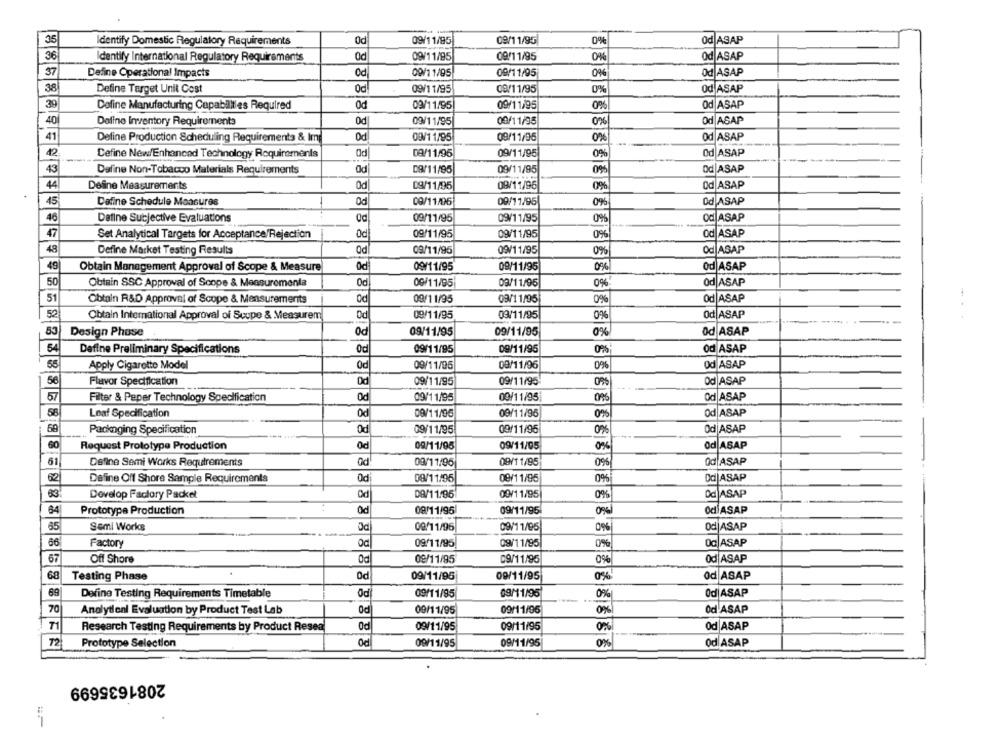
35
dentify Domestic Regulatory Requirements
0d
09/11/95
09/11/95
0%
Od ASAP
36
dentify International Regulatory Requirements
Od
09/11/95
09/11/95
0%
od ASAP
37
Define Operational Impacts
Od
09/11/95
09/11/95
0%
Od ASAP
38
Define Target Unit Cost
09/11/95
09/11/95
0%
Od ASAP
39
Od ASAP
Dofine Manufacturing Capabilities Required
Oc
09/11/95
09/11/95
0%
40
Deline Inventory Requirements
0c
09/11/95
00/11/95
0%
Od ASAP
41
Define Production Scheduling Requirements & Im
Oc
09/11/95
09/11/96
0%
Od ASAP
12
Cefine New/Enhanced Technology Requirements
09/11/95
09/11/95
0%
Od ASAP
43
Dafine Non-Tobacco Materials Requirements
Od
09/11/95
09/11/95
09%
Od ASAP
44
Define Measurements
Od
09/11/96
09
Od ASAP
09/11/95
45
Od
09/11/95
Od ASAP
Dafine Schedule Measures
09/11/06
0%
46
Define Subjective Evaluations
09/11/95
09/11/95
0%
1 ASAP
47
Set Analytical Targets for Acceptance/Rejection
Od
09/11/95
09/11/95
0%
Od ASAP
48
Define Market Testing Results
Od
09/11/95
09/11/95
0%
Od ASAP
49
Obtain Management Approval of Scope & Measure
od
09/11/95
09/11/95
0%
od ASAP
50
09/11/95
09/11/95
od ASAP
Obtain SSC Approval of Scope & Measurementa
0%
51
Obtain R&D Approval of Scope & Measurements
Od
09/11/95
09/11/95
0%
Od ASAP
52
Obtain International Approval of Scope & Measurem
Od
09/11/95
09/11/95
0%
Od ASAP
....
53
Design Phase
0c
09/11/95
09/11/95
0%
od ASAP
54
09/11/95
od ASAP
Define Preliminary Specifications
0d
09/11/95
0%
55
Od ASAP
Apply Cigarette Model
0d
09/11/95
09/11/96
0%
56
Flavor Specification
09/11/95
09/11/95
Od ASAP
57
Filter & Peper Technology Specification
Od
09/11/95
09/11/95
Od ASAP
56
Leaf Specification
od
09/11/96
09/11/95
0%
Od ASAP
Packnging Specification
Od
09/11/95
09/11/95
0%
Od|ASAP
60
Request Prototype Production
09/11/95
09/11/05
od ASAP
61
Define Semi Works Requirements
Od
09/11/95
09/11/95
0%
Od ASAP
62
Define Off Shore Sample Requirements
Od
09/11/95
09/11/95
0%
Od|ASAP
63
Develop Factory Packet
Od
09/11.95
09/11/95
0%
Dc ASAP
64
Prototype Production
Od
09/11/95
09/11/95
0%
Od ASAP
65
Semi Works
Od
09/11/95
Od|ASAP
00/11/95
0%
66
Factory
09/11/95
09/11/95
0%
OC ASAP
67
Off Shore
09/11/95
09/11/95
Od ASAP
68
Testing Phase
Oc
09/11/95
09/11/95
0%
Od ASAP
89
Define Testing Requirements Timetable
Od
09/11/95
09/11/95
0%
Od|ASAP
70
Analytloni Evaluation by Product Test Lab
0d
09/11/95
09/11/95
Od ASAP
T1
Research Testing Requirements by Product Resea
Od
09/11/95
09/11/95
0%
Od ASAP
72
Prototype Selection
09/11/95
09/11/95
0%
od ASAP
2081635699